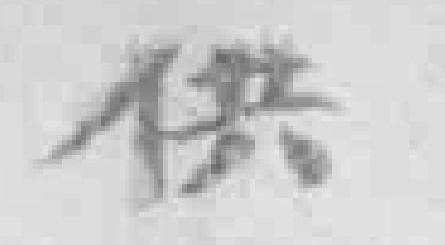
供